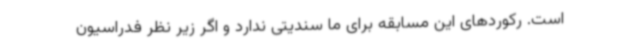
است. رکوردهای این مسابقه برای ما سندیتی ندارد و اگر زیر نظر فدراسیون